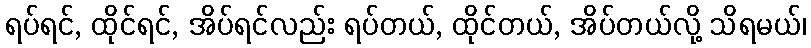
ရပ်ရင်, ထိုင်ရင်, အိပ်ရင်လည်း ရပ်တယ်, ထိုင်တယ်, အိပ်တယ်လို့ သိရမယ်၊